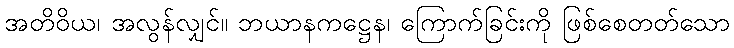
အတိဝိယ၊ အလွန်လျှင်။ ဘယာနကဋ္ဌေန၊ ကြောက်ခြင်းကို ဖြစ်စေတတ်သော